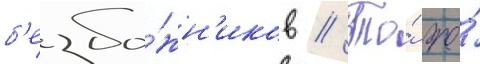
б'езбо́жн'иков // То́ же́